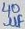
Text: 40µF